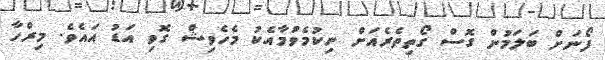
ފޯނަށް ބަލަމުން ގޮސް ގޯތިތެރެއަށް ނިކުމެވުމާއެކު މެހެވިޝް ގޮވި އަޑު އައެވެ. މިރްހާ